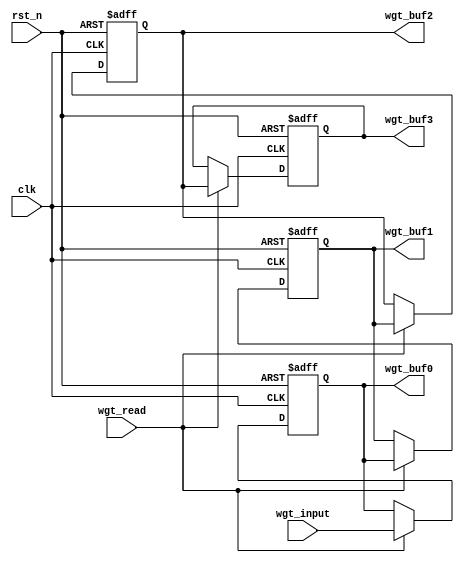
`timescale 1ns / 1ps
//////////////////////////////////////////////////////////////////////////////////
// Company: 
// Engineer: 
// 
// Design Name: 
// Module Name: WGT_BUFF
// Project Name: 
// Target Devices: 
// Tool Versions: 
// Description: 
// 
// Dependencies: 
// 
// Revision:
// Revision 0.01 - File Created
// Additional Comments:
// 
//////////////////////////////////////////////////////////////////////////////////


module WGT_BUF (clk, rst_n, wgt_input, wgt_read, wgt_buf0, wgt_buf1, wgt_buf2, wgt_buf3);

input clk;
input rst_n;
input signed [7:0] wgt_input;
input wgt_read;
output signed [7:0] wgt_buf0;
output signed [7:0] wgt_buf1;
output signed [7:0] wgt_buf2;
output signed [7:0] wgt_buf3;

reg signed [7:0] wgt_buf [3:0];


integer i;

always @(posedge clk or negedge rst_n) 
    if (~rst_n) 
    begin
        for(i = 0; i < 4; i = i + 1) 
        begin
            wgt_buf[i] <= 0;
        end
    end
    else
    begin
        if(wgt_read)
        begin
            wgt_buf[3] <= wgt_buf[2];
            wgt_buf[2] <= wgt_buf[1];
            wgt_buf[1] <= wgt_buf[0];
            wgt_buf[0] <= wgt_input;
        end
        else
        begin
            wgt_buf[3] <= wgt_buf[3];
            wgt_buf[2] <= wgt_buf[2];
            wgt_buf[1] <= wgt_buf[1];
            wgt_buf[0] <= wgt_buf[0];
        end
    end

    assign wgt_buf0 = wgt_buf[0];
    assign wgt_buf1 = wgt_buf[1];
    assign wgt_buf2 = wgt_buf[2];
    assign wgt_buf3 = wgt_buf[3];

endmodule